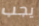
يجب